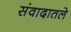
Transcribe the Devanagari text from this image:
संवादातले